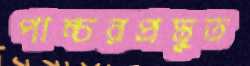
পাচ্চরপ্রস্তুত